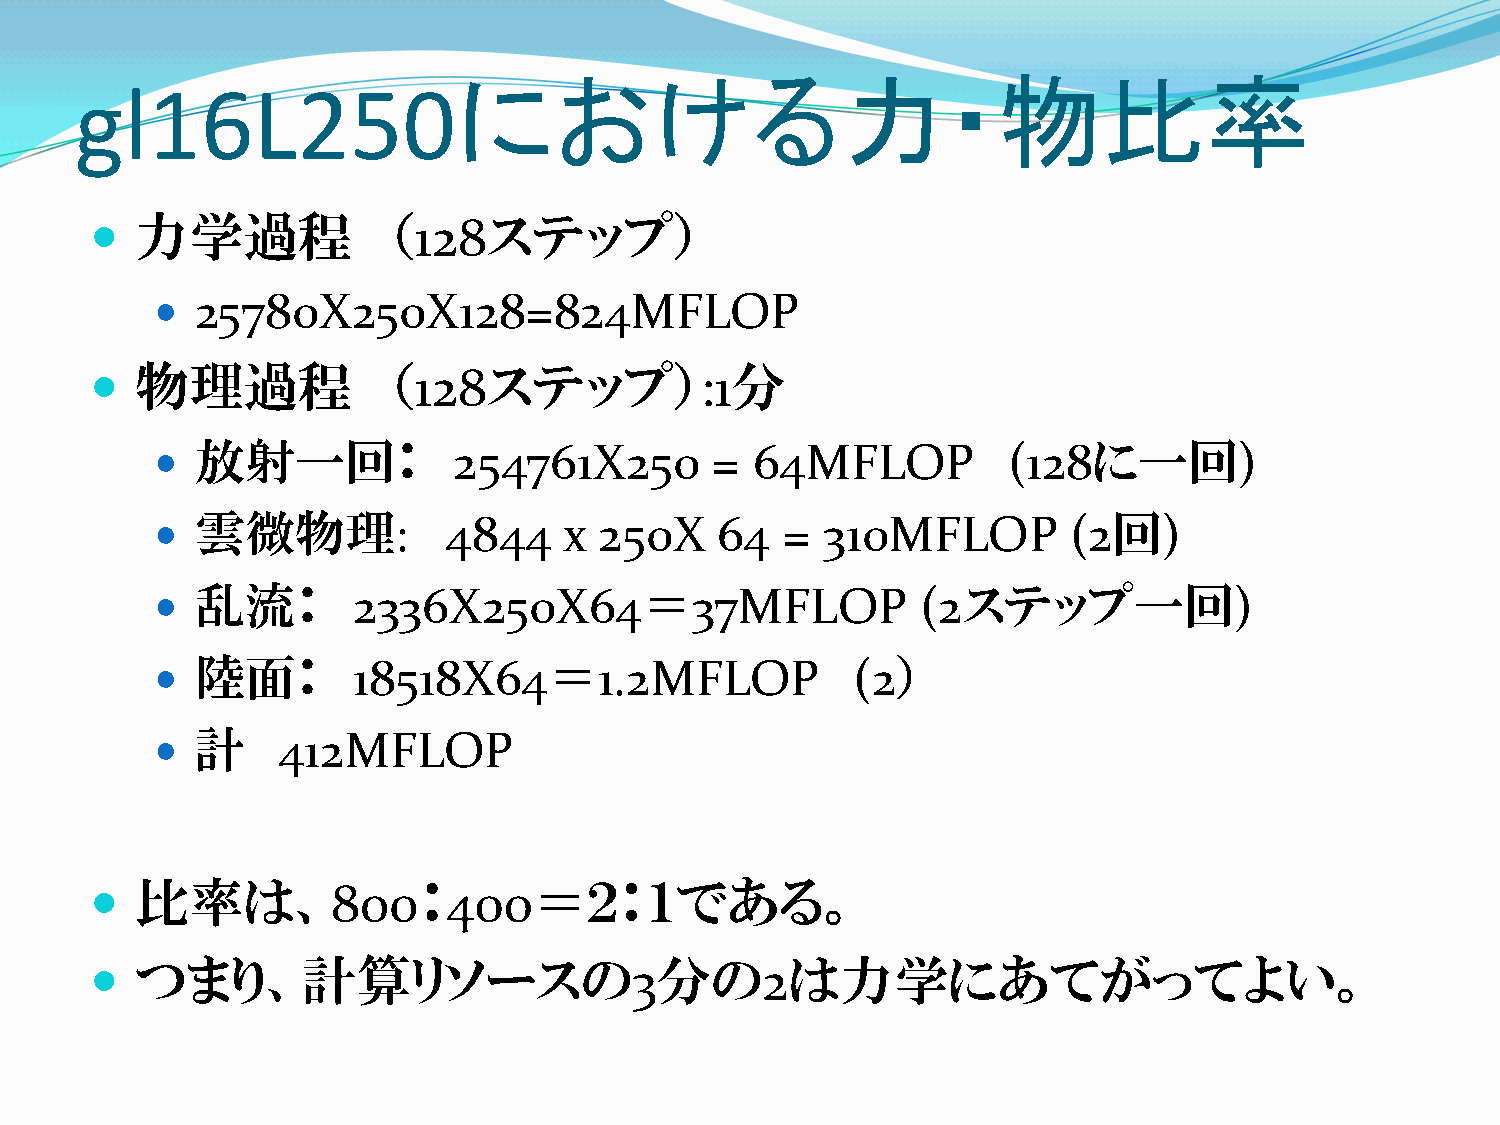
における力・物比率
 gl16L250
   力学過程             （128ステップ）
   25780X250X128=824MFLOP
   物理過程             （128ステップ）:1分
   放射一回：            254761X250       =  64MFLOP          (128に一回)
   雲微物理:           4844    x  250X   64   = 310MFLOP         (2回)
 
 乱流：       2336X250X64＝37MFLOP                   (2ステップ一回)
 
 陸面：       18518X64＝1.2MFLOP                (2）
   計    412MFLOP
   比率は、800：400＝２：１である。
   つまり、計算リソースの3分の2は力学にあてがってよい。